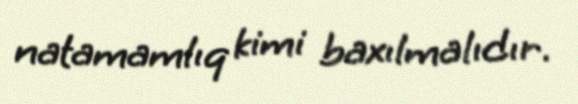
natamamlıq kimi baxılmalıdır.